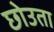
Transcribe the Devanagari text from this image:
छोउता